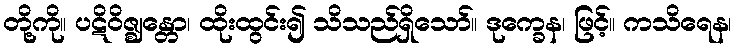
တို့ကို။ ပဋိဝိဇ္ဈန္တော၊ ထိုးထွင်း၍ သိသည်ရှိသော်။ ဒုက္ခေန၊ ဖြင့်။ ကသိရေန၊